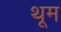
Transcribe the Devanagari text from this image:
थूम